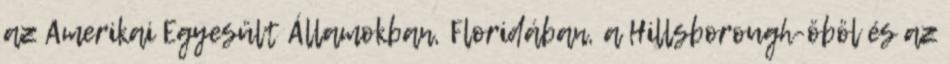
az Amerikai Egyesült Államokban, Floridában, a Hillsborough-öböl és az